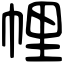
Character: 𢃇